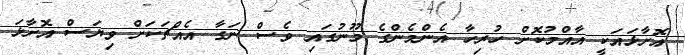
އޮށާޅައަކީ އާއްމުކޮށް ހުރިހާ އެންމެންގެ މޫނުގައި ވެސް ނަގާ އެއްޗަކަށް ވިޔަސް އޮށާޅަ